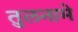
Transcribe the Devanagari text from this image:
तुलनामे